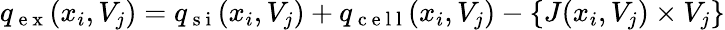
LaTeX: q_{\mathrm{~e~x~}}(x_{i},V_{j})=q_{\mathrm{~s~i~}}(x_{i},V_{j})+q_{\mathrm{~c~e~l~l~}}(x_{i},V_{j})-\{ J(x_{i},V_{j})\times V_{j}\}